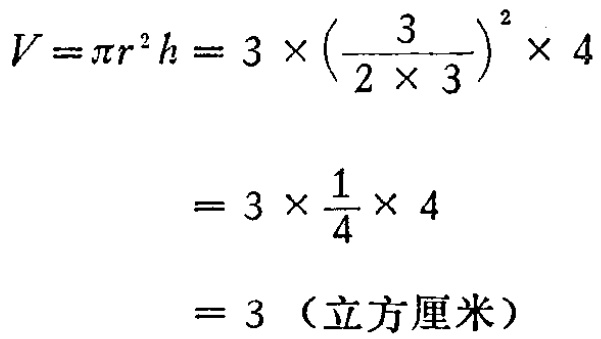
\[

\begin{align*}

V=\pi r^{2}h&=3\times\left(\frac{3}{2\times3}\right)^{2}\times4\\

&=3\times\frac{1}{4}\times4\\

&=3 \text{（立方厘米）}

\end{align*}

\]